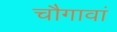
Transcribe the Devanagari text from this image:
चौगावां